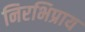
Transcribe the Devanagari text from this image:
निरभिप्राय